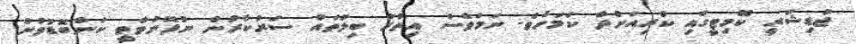
ޖުޑިޝަރީ ކޮމިޓީގައި ކުރިއަށްދާ ކަމަށެވެ. ނަމަވެސް އިތުރު ބިލުތައް ސަރުކާރުން ނުފޮނުވާތީ ކަންބޮޑުވުން